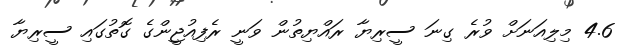
4.6 މިލިއަނަށް ވުރެ ގިނަ ސީރިޔާ ރައްޔިތުން ވަނީ ރެފިއުޖީންގެ ގޮތުގައި ސީރިޔާ